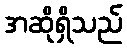
အဆိုရှိသည်